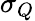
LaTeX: \sigma_{Q}